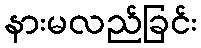
နားမလည်ခြင်း